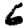
Digit: 6